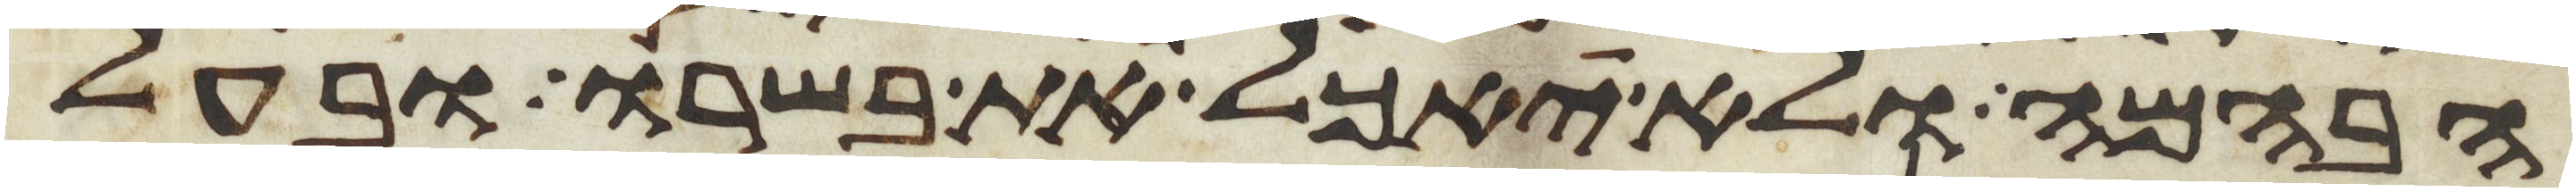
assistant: הבהמה ולא יאכל את בשרו ובעל